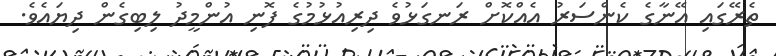
ތެރޭގައި އޭނާގެ ކެންސަރު އެއްކޮށް ރަނގަޅުވެ ދިރިއުޅުމުގެ ފޮނި އުންމީދު ލިބިގެން ދިޔައެވެ.